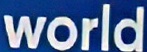
world